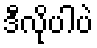
ဒီလိုပါပဲ